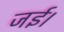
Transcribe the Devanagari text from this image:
जई।